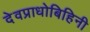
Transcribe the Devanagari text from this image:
देवप्राधोबिहिनी